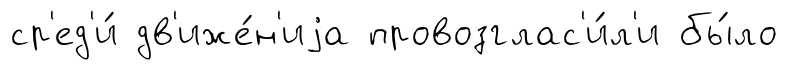
ср'ед'и́ дв'иже́н'иjа провозглас'и́л'и бы́ло